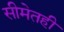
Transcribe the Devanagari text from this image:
सीमेतही